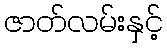
ဇာတ်လမ်းနှင့်